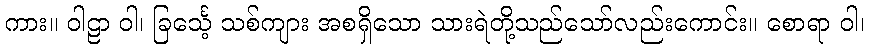
ကား။ ဝါဠာ ဝါ၊ ခြင်္သေ့ သစ်ကျား အစရှိသော သားရဲတို့သည်သော်လည်းကောင်း။ စောရာ ဝါ၊